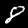
Label: 8